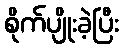
စိုက်ပျိုးခဲ့ပြီး